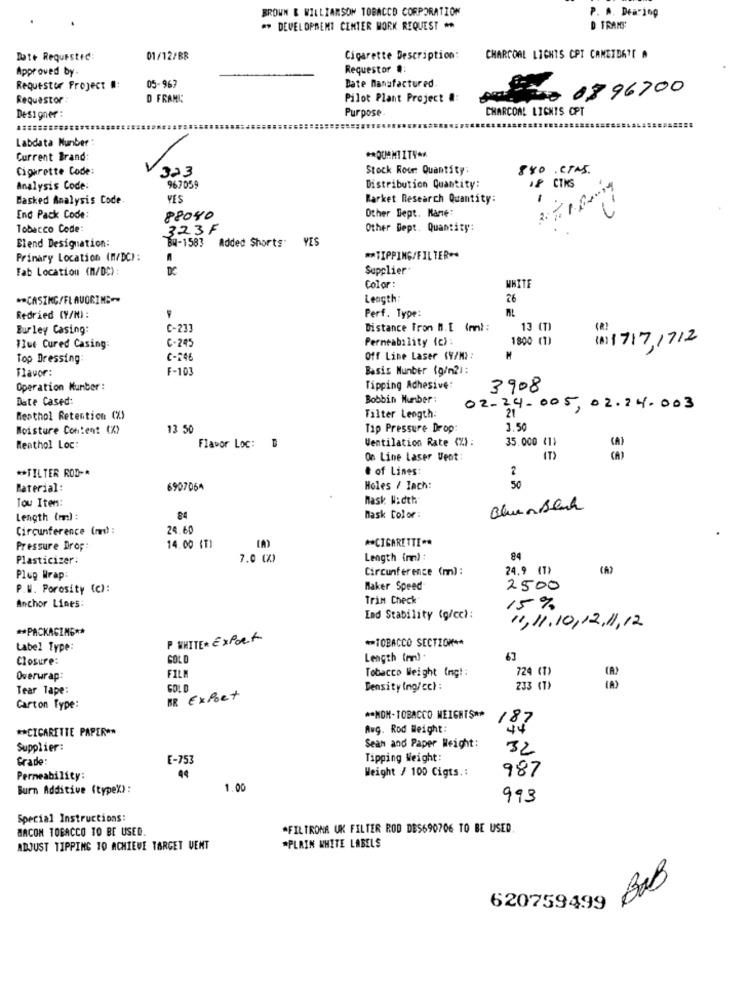
BROWN & WILLIAMSOM TOBACCO CORPORATION
P. A. Dea:100
** DEVELOPMENT CENTER WORK REQUEST **
D TRANS
Date Requested:
01/12/BR
Cigarette Description:
CHARCOAL LIGHTS CPI CANDIDATE A
Approved by.
Requestor #:
Requestor Project #:
05-967
Date Manufactured
0896700
Requestor :
D FRAMI:
Pilot Plant Project #:
Purpose
CHARCOAL LIGHTS OPT
Designer :
Labdata Number :
Current Brand:
Cigarette Code:
323
Stock Roor: Quantity
840 CTMS.
.& CTRS
Analysis Code:
967059
Distribution Quantity:
Basked Analysis Code
VES
Market Research Quantity:
-
Other Dept. Name:
End Pack Code:
88040
Tobacco Code:
323F
Other Dept. Quantity:
Blend Designation:
Bu-1583 Added Shorts Y
Primary Location (M/DC):
** TIPPING/FILTER **
Fab Location (M/DC) :
DC
Supplier.
WHITE
Color :
** CASING/FLAVORING-
Length:
26
Redried (Y/N) :
Perf. Type:
Eurley Casing:
C-23]
Distance From M.[ (ml :
13 (T)
C-245
Permeability (c):
1800 (1)
Flue Cured Casing:
(A) 1717,1712
Top Dressing:
C-246
Off Line Laser (V/M) :
Flavor:
F-103
Basis Number (g/m2):
Operation Number :
Tipping Adhesive:
3908
Date Cased:
Bobbin Number:
02-24-005, 02.24.003
21
Menthol Retention (%)
Tilter Length:
Moisture Content (X)
13 50
Tip Pressure Drop
1.50
Ventilation Rate (%) :
Menthol Loc:
Flavor Loc:
35.000 (1)
On Line Laser Vent:
** TILTER ROD -*
# of Lines:
2
50
Material
6907064
Holes / Tach:
Tow Item:
Mask Width
Bluensluch
Length (m) :
84
Mask Color:
Circunference (md) :
24.60
** CIGARETTE **
Pressure Drop:
14.00 (T)
Plasticizer:
7.0 (X)
Length (m) :
84
Circunference (m) :
24.9 (7)
(A)
Plop Wrap:
P.W. Porosity (c):
Maker Speed
2500
Trim Check
Anchor Lines:
15%
End Stability (g/cc):
** PACKAGING **
11 , 11 . 1 0 , 12 . 11 , 12
P WHITE EXPORT
** TOBACCO SECTION **
tabel Type:
Closure:
GOLD
Length (m) .
67
Tobacco Weight Ing! :
724 (T)
Overwrap:
FILM
Tear Tape:
Density (ng/cc) :
233 (T>
BR Export
Carton Type:
** NON-TOBACCO WEIGHTS **
** CIGARETTE PAPER **
Aug. Rod Weight:
187
Supplier:
Seam and Paper Weight:
32
Grade:
E-753
Tipping Weight:
Weight / 100 Cigts .:
Permeability:
987
Burn Additive (typex):
1.00
993
Special Instructions:
BACON TOBACCO TO BE USED.
*FILTRONA UK FILTER ROD DES690706 TO BE USED
ADJUST TIPPING TO ACHIEVE TARGET VENT
*PLAIN WHITE LABELS
BAB
620759499